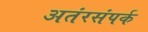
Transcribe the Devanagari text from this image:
अतंरसंपर्क